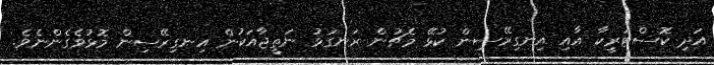
އަދި ކޮސްޓަރީކާ އާއި އިނގިރޭސިން ކުޅޭ މެޗުން ރަނގަޅު ނަތީޖާއަކުން އިނގިރޭސިން މޮޅުވެގެންނެވެ.